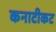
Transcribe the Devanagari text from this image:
कनाटीकट